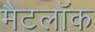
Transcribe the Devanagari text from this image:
मैटलॉक